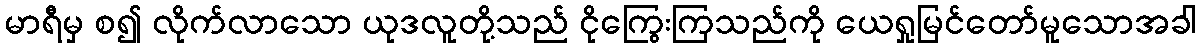
မာရီမှ စ၍ လိုက်လာသော ယုဒလူတို့သည် ငိုကြွေးကြသည်ကို ယေရှုမြင်တော်မူသောအခါ